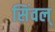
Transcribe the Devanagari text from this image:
सिंवल्